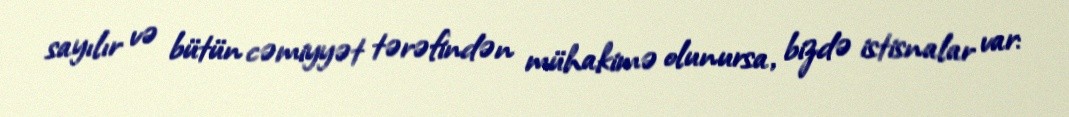
sayılır və bütün cəmiyyət tərəfindən mühakimə olunursa, bizdə istisnalar var: